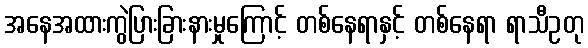
အနေအထားကွဲပြားခြားနားမှုကြောင့် တစ်နေရာနှင့် တစ်နေရာ ရာသီဥတု